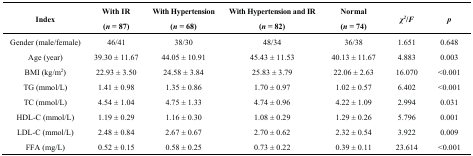
<table><thead><tr><td rowspan="2"><b>Index</b></td><td><b>With IR</b></td><td><b>With Hypertension</b></td><td><b>With Hypertension and IR</b></td><td><b>Normal</b></td><td rowspan="2"><b><i>χ<sup>2</sup></i>/<i>F</i></b></td><td rowspan="2"><b><i>p</i></b></td></tr><tr><td><b>(<i>n</i> = 87)</b></td><td><b>(<i>n</i> = 68)</b></td><td><b>(<i>n</i> = 82)</b></td><td><b>(<i>n</i> = 74)</b></td></tr></thead><tbody><tr><td>Gender (male/female)</td><td>46/41</td><td>38/30</td><td>48/34</td><td>36/38</td><td>1.651</td><td>0.648</td></tr><tr><td>Age (year)</td><td>39.30 ± 11.67</td><td>44.05 ± 10.91</td><td>45.43 ± 11.53</td><td>40.13 ± 11.67</td><td>4.883</td><td>0.003</td></tr><tr><td>BMI (kg/m<sup>2</sup>)</td><td>22.93 ± 3.50</td><td>24.58 ± 3.84</td><td>25.83 ± 3.79</td><td>22.06 ± 2.63</td><td>16.070</td><td>&lt;0.001</td></tr><tr><td>TG (mmol/L)</td><td>1.41 ± 0.98</td><td>1.35 ± 0.86</td><td>1.70 ± 0.97</td><td>1.02 ± 0.57</td><td>6.402</td><td>&lt;0.001</td></tr><tr><td>TC (mmol/L)</td><td>4.54 ± 1.04</td><td>4.75 ± 1.33</td><td>4.74 ± 0.96</td><td>4.22 ± 1.09</td><td>2.994</td><td>0.031</td></tr><tr><td>HDL-C (mmol/L)</td><td>1.19 ± 0.29</td><td>1.16 ± 0.30</td><td>1.08 ± 0.29</td><td>1.29 ± 0.26</td><td>5.796</td><td>0.001</td></tr><tr><td>LDL-C (mmol/L)</td><td>2.48 ± 0.84</td><td>2.67 ± 0.67</td><td>2.70 ± 0.62</td><td>2.32 ± 0.54</td><td>3.922</td><td>0.009</td></tr><tr><td>FFA (mg/L)</td><td>0.52 ± 0.15</td><td>0.58 ± 0.25</td><td>0.73 ± 0.22</td><td>0.39 ± 0.11</td><td>23.614</td><td>&lt;0.001</td></tr></tbody></table>